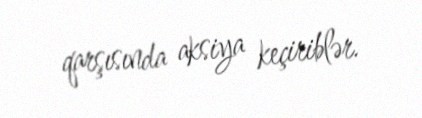
qarşısında aksiya keçiriblər.